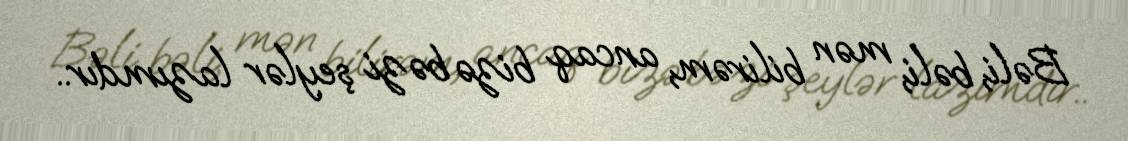
Bəli, bəli, mən bilirəm, ancaq bizə bəzi şeylər lazımdır..